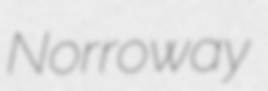
Norroway